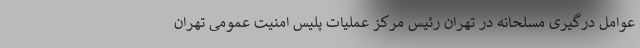
عوامل درگیری مسلحانه در تهران رئیس مرکز عملیات پلیس امنیت عمومی تهران